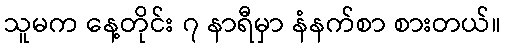
သူမက နေ့တိုင်း ၇ နာရီမှာ နံနက်စာ စားတယ်။